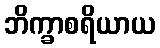
ဘိက္ခာစရိယာယ